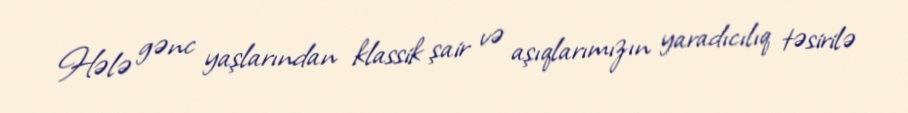
Hələ gənc yaşlarından klassik şair və aşıqlarımızın yaradıcılıq təsirilə